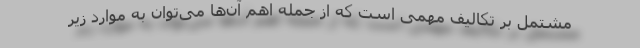
مشتمل بر تکالیف مهمی است که از جمله اهم آن‌ها می‌توان به موارد زیر